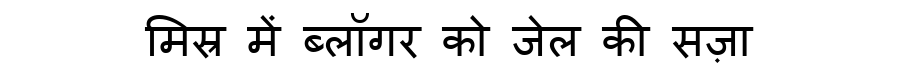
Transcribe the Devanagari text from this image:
मिस्र में ब्लॉगर को जेल की सज़ा